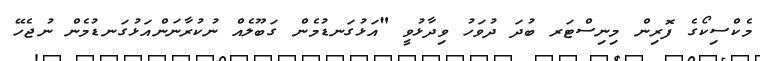
މެކްސިކޯގެ ފޮރިން މިނިސްޓަރ ބުދަ ދުވަހު ވިދާޅުވީ "އަޅުގަނޑުމެން ގަބޫލެއް ނުކުރާނަންއަޅުގަނޑުމެން ނުޖެހޭ